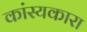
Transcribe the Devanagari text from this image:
कांस्यकारा